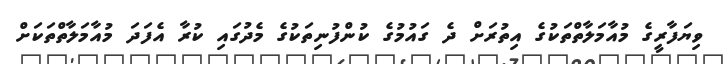
ވިޔަފާރީގެ މުއާމަލާތްތަކުގެ އިތުރަަށް ދެ ގައުމުގެ ކުންފުނިތަކުގެ މެދުގައި ކުރާ އެފަދަ މުއާމަލާތްތަކަށް